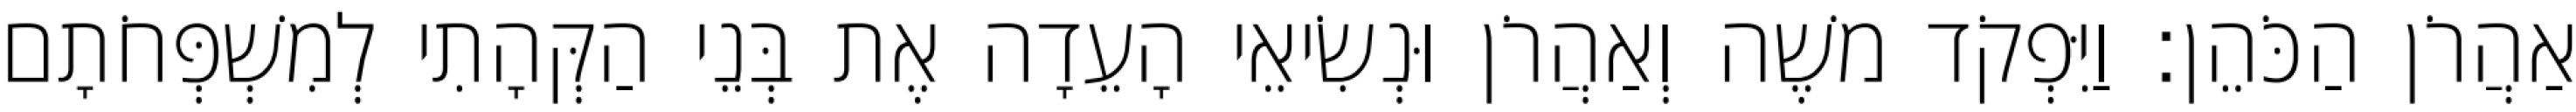
אַהֲרֹן הַכֹּהֵן׃ וַיִּפְקֹד משֶׁה וְאַהֲרֹן וּנְשִׂיאֵי הָעֵדָה אֶת בְּנֵי הַקְּהָתִי לְמִשְׁפְּחֹתָם